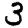
Digit: 3